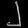
Digit: ၂